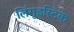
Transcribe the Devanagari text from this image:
लिंगुइस्टिक